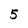
Character: 5